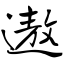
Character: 遨